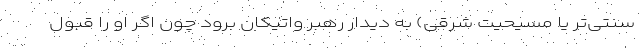
سنتی‌تر یا مسیحیت شرقی) به دیدار رهبر واتیکان برود چون اگر او را قبول